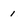
Character: 1